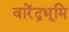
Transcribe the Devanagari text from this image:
वारेंद्रभूमि